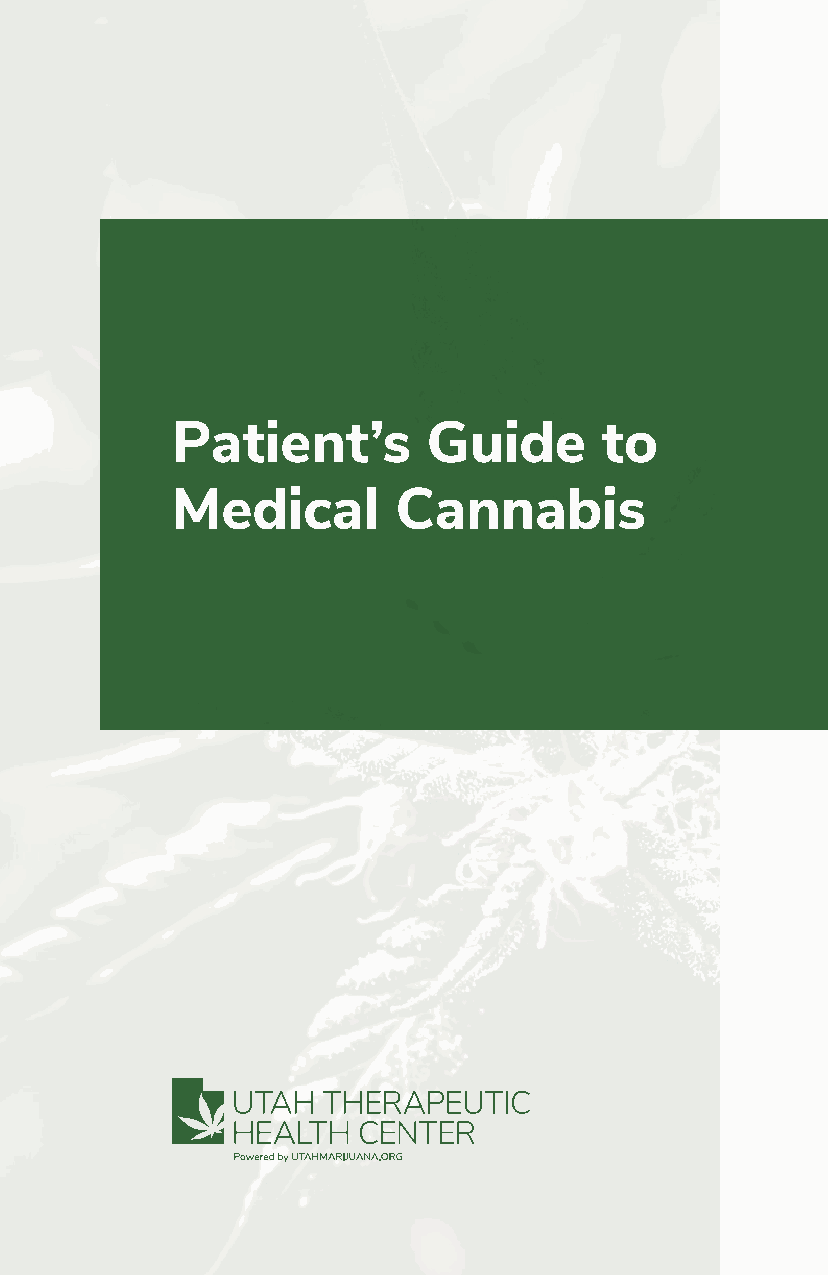
Patient’s        Guide       to
 Medical        Cannabis
 UTTHC_Patient_Guide.indd 1                   2/11/21 11:39 AM